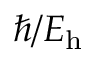
\hbar / E _ { \mathrm { h } }